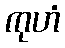
ကုဟံ